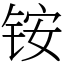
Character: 铵